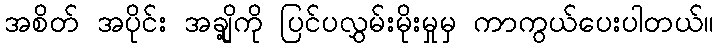
အစိတ် အပိုင်း အချို့ကို ပြင်ပလွှမ်းမိုးမှုမှ ကာကွယ်ပေးပါတယ်။